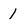
Character: 1